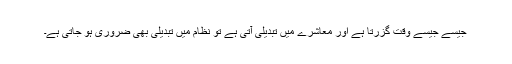
جیسے جیسے وقت گزرتا ہے اور معاشرے میں تبدیلی آتی ہے تو نظام میں تبدیلی بھی ضروری ہو جاتی ہے۔